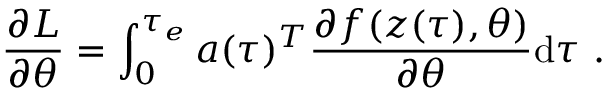
\frac { \partial L } { \partial \theta } = \int _ { 0 } ^ { \tau _ { e } } \ensuremath { \boldsymbol { a } } ( \tau ) ^ { T } \frac { \partial f ( \ensuremath { \boldsymbol { z } } ( \tau ) , \theta ) } { \partial \theta } \mathrm { d } \tau \ .